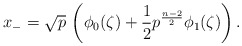
\begin{align*}x_{-}=\sqrt{p}\,\left(\phi_{0}(\zeta)+\frac{1}{2}p^{\frac{n-2}{2}}\phi_{1}(\zeta)\right).\end{align*}